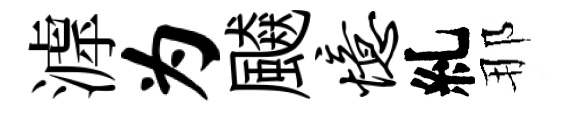
滹为飇忆糺那